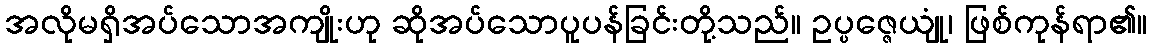
အလိုမရှိအပ်သောအကျိုးဟု ဆိုအပ်သောပူပန်ခြင်းတို့သည်။ ဥပ္ပဇ္ဇေယျုံ၊ ဖြစ်ကုန်ရာ၏။